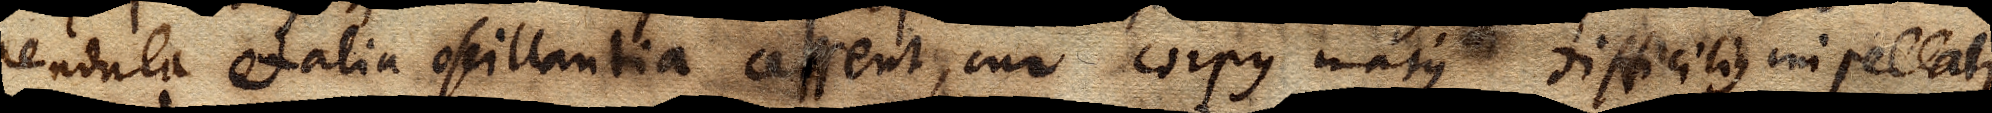
pendula et alia oscillantia cessent, cur corpus majus difficilius impellatur